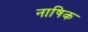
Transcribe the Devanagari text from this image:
नाषिक